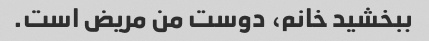
ببخشید خانم، دوست من مریض است.